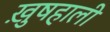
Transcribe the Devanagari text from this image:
ख़ुषहाली